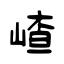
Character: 嵖